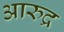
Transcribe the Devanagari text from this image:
आरुद्र